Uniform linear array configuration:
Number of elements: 24
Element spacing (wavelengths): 1
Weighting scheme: uniform
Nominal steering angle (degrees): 60
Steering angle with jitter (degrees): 60.539
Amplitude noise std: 0.05
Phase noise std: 0.05

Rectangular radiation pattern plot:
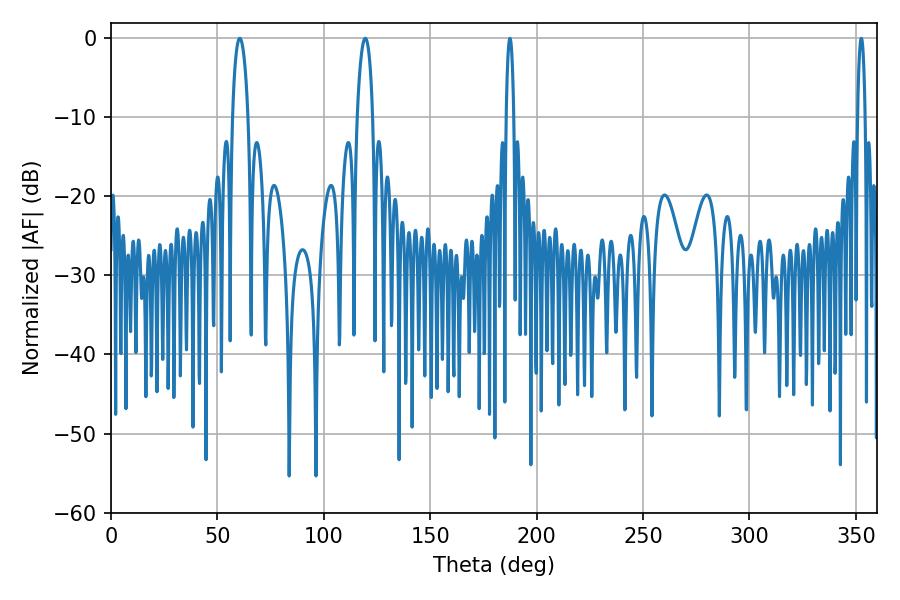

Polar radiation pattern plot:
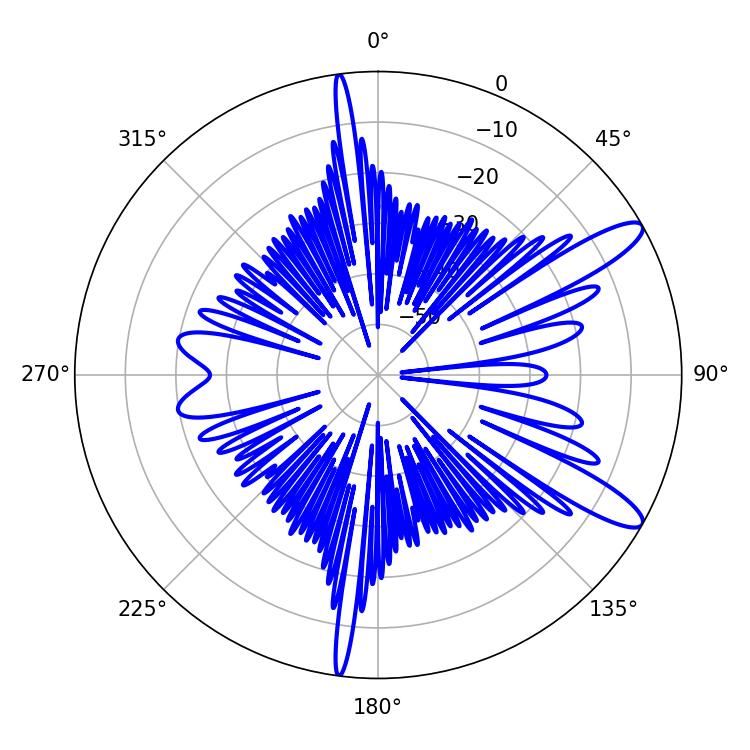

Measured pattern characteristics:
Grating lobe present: TRUE
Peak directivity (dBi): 11.838
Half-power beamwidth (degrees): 4.14
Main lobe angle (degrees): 60.48